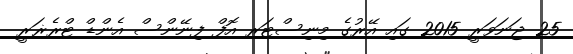
25 ޖަނަވަރީ 2015 ގައި އޭރުގެ މިނިސްޓަރ އޮފް ފިނޭންސް އެންޑް ޓްރެޜަރީ